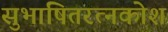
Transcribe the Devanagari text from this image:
सुभाषितरत्नकोश